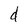
Character: d